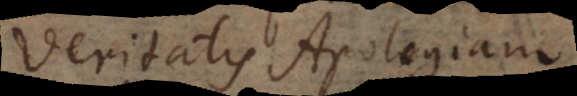
Veritatis Apologiam